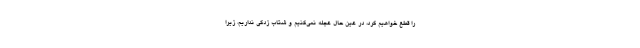
را قطع خواهیم کرد، در عین حال عجله نمی‌کنیم و شتاب زدگی نداریم، زیرا